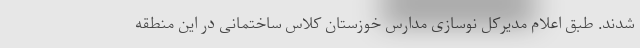
شدند. طبق اعلام مدیرکل نوسازی مدارس خوزستان کلاس ساختمانی در این منطقه